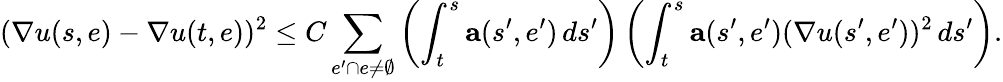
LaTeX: (\nabla u(s,e)-\nabla u(t,e))^{2}\leq C\sum_{e^{\prime}\cap e\neq\emptyset}\left(\int_{t}^{s}\mathbf{a}(s^{\prime},e^{\prime})\, ds^{\prime}\right)\left(\int_{t}^{s}\mathbf{a}(s^{\prime},e^{\prime})(\nabla u(s^{\prime},e^{\prime}))^{2}\, ds^{\prime}\right).